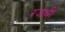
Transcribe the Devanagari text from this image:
रजश्री